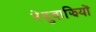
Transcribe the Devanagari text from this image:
नेदुवाझियों